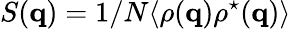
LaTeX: S(\textbf{q})=1/N\langle\rho(\textbf{q})\rho^{\star}(\textbf{q})\rangle